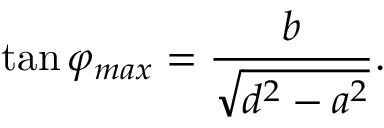
\tan \varphi _ { m a x } = \frac { b } { \sqrt { d ^ { 2 } - a ^ { 2 } } } .